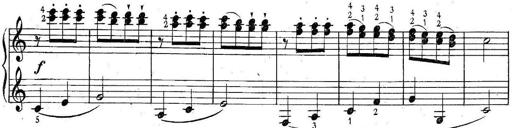
Title: 6 Easy Sonatinas
Composer: Carl Czerny